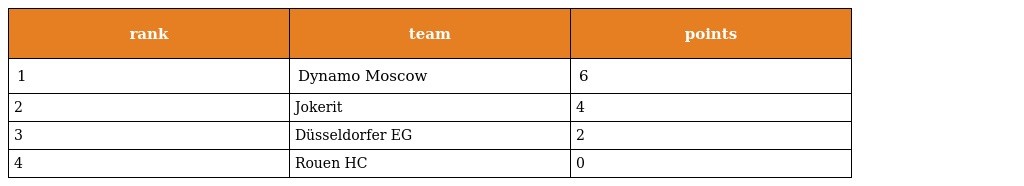
| rank | team | points |
 | --- | --- | --- |
 | 1 | Dynamo Moscow | 6 |
 | 2 | Jokerit | 4 |
 | 3 | Düsseldorfer EG | 2 |
 | 4 | Rouen HC | 0 |